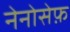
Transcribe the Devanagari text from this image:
नेनोसेफ़